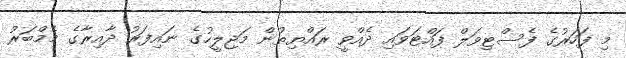
މި ފަހަރުގެ ފެސްޓިވަލް ފައްޓަވައި ދެއްވީ ރައްޔިތުން މަޖިލީހުގެ ނައިފަރު ދާއިރާގެ މެމްބަރު